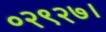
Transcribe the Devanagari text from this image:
०२९२७।